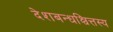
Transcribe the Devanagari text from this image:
देशबन्धश्चित्तस्य